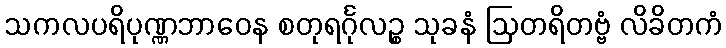
သကလပရိပုဏ္ဏဘာဝေန စတုရင်္ဂုလဉ္စ သုခနံ ဩတရိတဗ္ဗံ လိခိတကံ